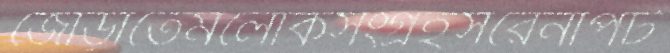
জোড়াতেমলোকসংগ্রহসরেনাপট